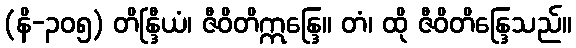
(နိ-၃၀၅) တိန္ဒြီယံ၊ ဇီဝိတိဣန္ဒြေ။ တံ၊ ထို ဇီဝိတိန္ဒြေသည်။